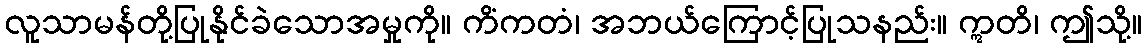
လူသာမန်တို့ပြုနိုင်ခဲသောအမှုကို။ ကိံကတံ၊ အဘယ်ကြောင့်ပြုသနည်း။ ဣတိ၊ ဤသို့။